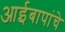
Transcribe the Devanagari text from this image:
आईबापांचे